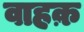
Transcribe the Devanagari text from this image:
वाहक़